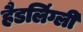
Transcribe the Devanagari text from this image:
हैडलिंग्ली